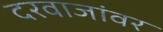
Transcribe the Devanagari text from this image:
दरवाजांवर